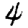
Digit: 4